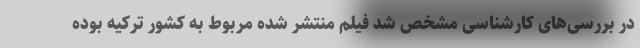
در بررسی‌های کارشناسی مشخص شد فیلم منتشر شده مربوط به کشور ترکیه بوده